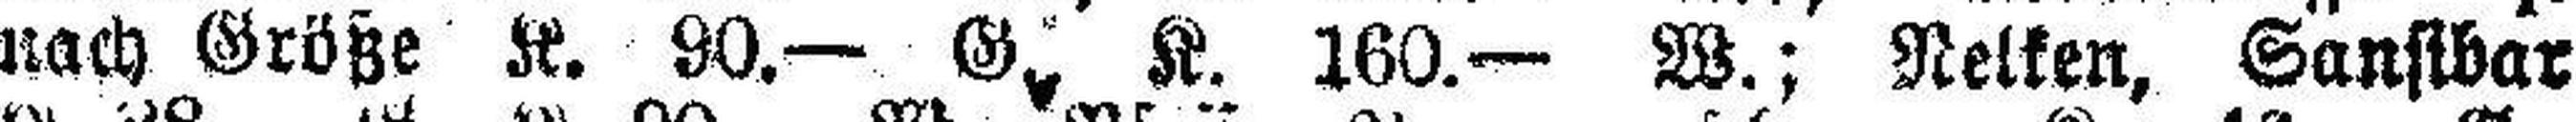
nach Größe K. 90.— G., K. 160.— W.; Nelken, Sansibar